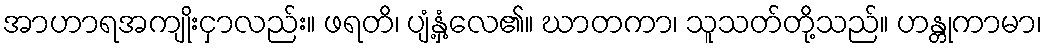
အာဟာရအကျိုးငှာလည်း။ ဖရတိ၊ ပျံ့နှံ့လေ၏။ ဃာတကာ၊ သူသတ်တို့သည်။ ဟန္တုကာမာ၊